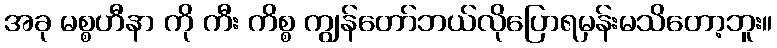
အခု မစ္စဟီနာ ကို ကီး ကိစ္စ ကျွန်တော်ဘယ်လိုပြောရမှန်းမသိတော့ဘူး။